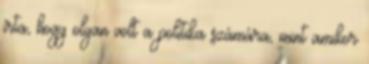
írta, hogy olyan volt a politika számára, mint amikor